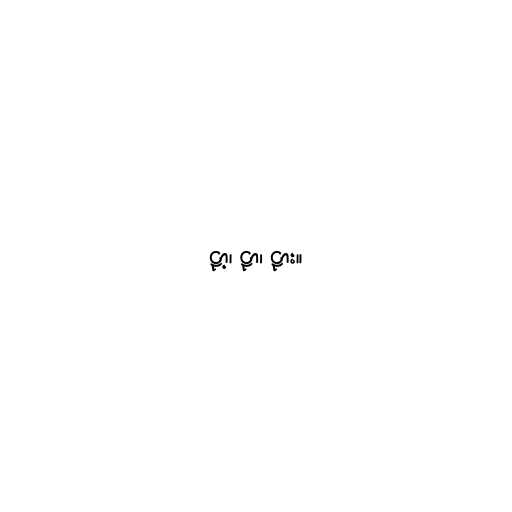
ဠာ့၊ ဠာ၊ ဠား။